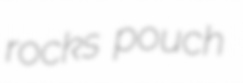
rocks pouch